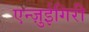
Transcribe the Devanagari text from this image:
एन्ज़ुईगिरी